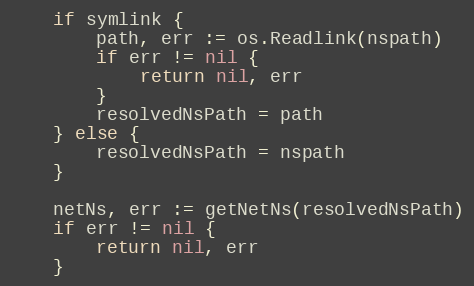
Language: Go
	if symlink {
		path, err := os.Readlink(nspath)
		if err != nil {
			return nil, err
		}
		resolvedNsPath = path
	} else {
		resolvedNsPath = nspath
	}

	netNs, err := getNetNs(resolvedNsPath)
	if err != nil {
		return nil, err
	}